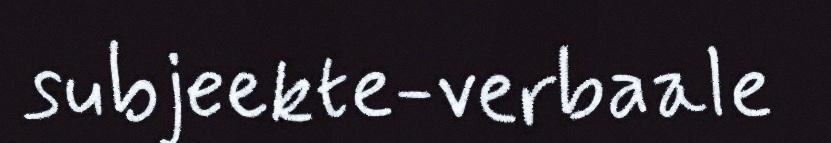
subjeekte-verbaale